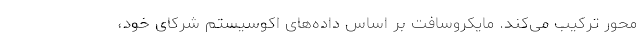
محور ترکیب می‌کند. مایکروسافت بر اساس داده‌های اکوسیستم شرکای خود،